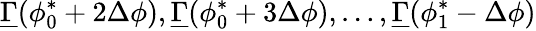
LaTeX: \underline{{\Gamma}}(\phi_{0}^{*}+2\Delta\phi),\underline{{\Gamma}}(\phi_{0}^{*}+3\Delta\phi),\dots,\underline{{\Gamma}}(\phi_{1}^{*}-\Delta\phi)